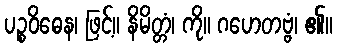
ပဉ္စဝိဓေန၊ ဖြင့်။ နိမိတ္တံ၊ ကို။ ဂဟေတဗ္ဗံ၊ ၏။